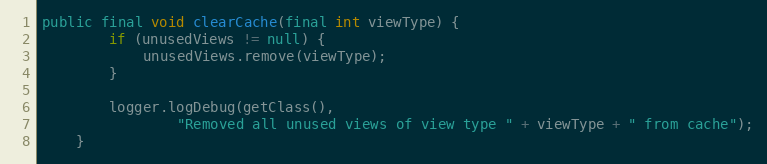
Language: Java
public final void clearCache(final int viewType) {
        if (unusedViews != null) {
            unusedViews.remove(viewType);
        }

        logger.logDebug(getClass(),
                "Removed all unused views of view type " + viewType + " from cache");
    }